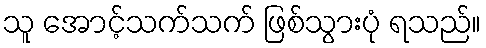
သူ အောင့်သက်သက် ဖြစ်သွားပုံ ရသည်။